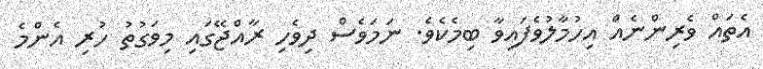
އެތައް ވެރިންނެއް އިހުމާލުވެފައިވާ ބިމެކެވެ. ނަމަވެސް ދިވެހި ރާއްޖޭގައި މިވަގުތު ހުރި އެންމެ